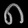
Digit: ၈